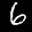
Label: 6